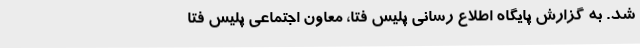
شد. به گزارش پایگاه اطلاع رسانی پلیس فتا، معاون اجتماعی پلیس فتا